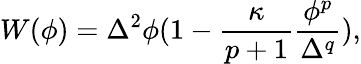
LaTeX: W(\phi)=\Delta^{2}\phi(1-\frac{\kappa}{p+1}\frac{\phi^{p}}{\Delta^{q}}),